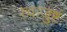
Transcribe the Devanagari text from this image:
त्वाजुष्टं